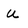
Character: U